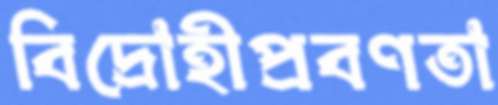
বিদ্রোহীপ্রবণতা